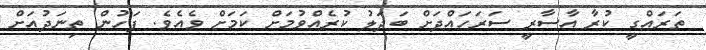
ތަރައްގީ ކުރާ އާސާރީ ސަރަހައްދަށް ބަދަލު ކުރެއްވުމަށް ކަމަށް ވެއެވެ. ފަހުން ތިނަދުއަށް